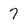
Character: 7